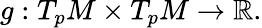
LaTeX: g:T_{p}M\times T_{p}M\to\mathbb{R}.